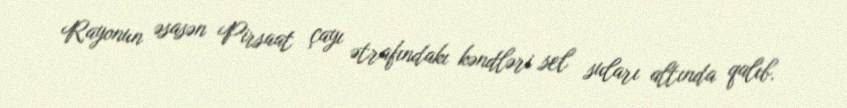
Rayonun əsasən Pirsaat çayı ətrafındakı kəndləri sel suları altında qalıb.